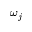
\omega _ { j }